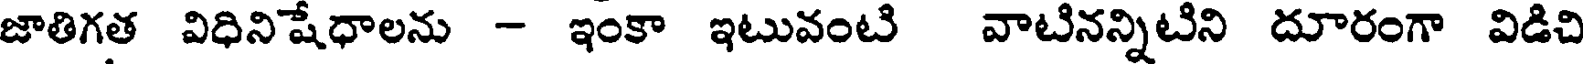
జాతిగత విధినిషేధాలను - ఇంకా ఇటువంటి వాటినన్నిటిని దూరంగా విడిచి